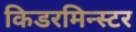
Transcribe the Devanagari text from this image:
किडरमिन्स्टर